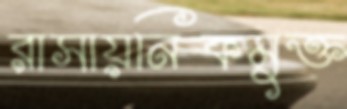
রাসায়নিকমুক্ত